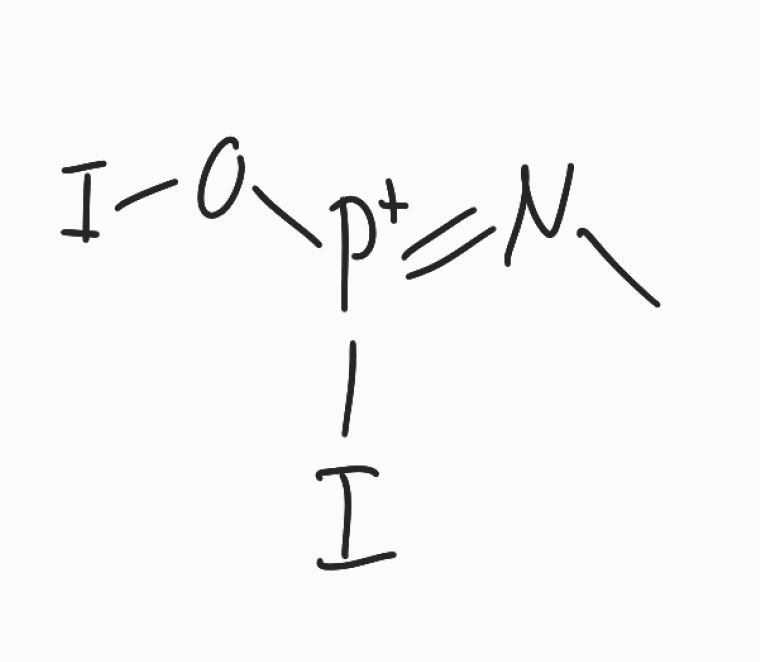
Simplified molecular-input line-entry system (SMILES) notation of the given molecule:
CN=[P+](OI)I